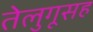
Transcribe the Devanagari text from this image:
तेलुगूसह